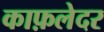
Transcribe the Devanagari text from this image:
काफ़लेदर